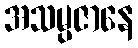
အသမ္ပဇာနေ